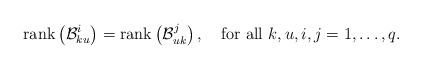
LaTeX: \begin{align*}\mbox{rank}\left(\mathcal{B}_{ku}^{i}\right)=\mbox{rank}\left(\mathcal{B}_{uk}^{j}\right),\quad\mbox{for all $k,u,i,j=1,\dots,q$.}\end{align*}